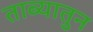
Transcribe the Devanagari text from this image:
ताब्यातुन